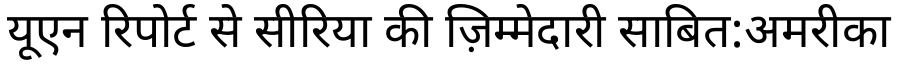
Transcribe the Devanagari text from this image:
यूएन रिपोर्ट से सीरिया की ज़िम्मेदारी साबित:अमरीका